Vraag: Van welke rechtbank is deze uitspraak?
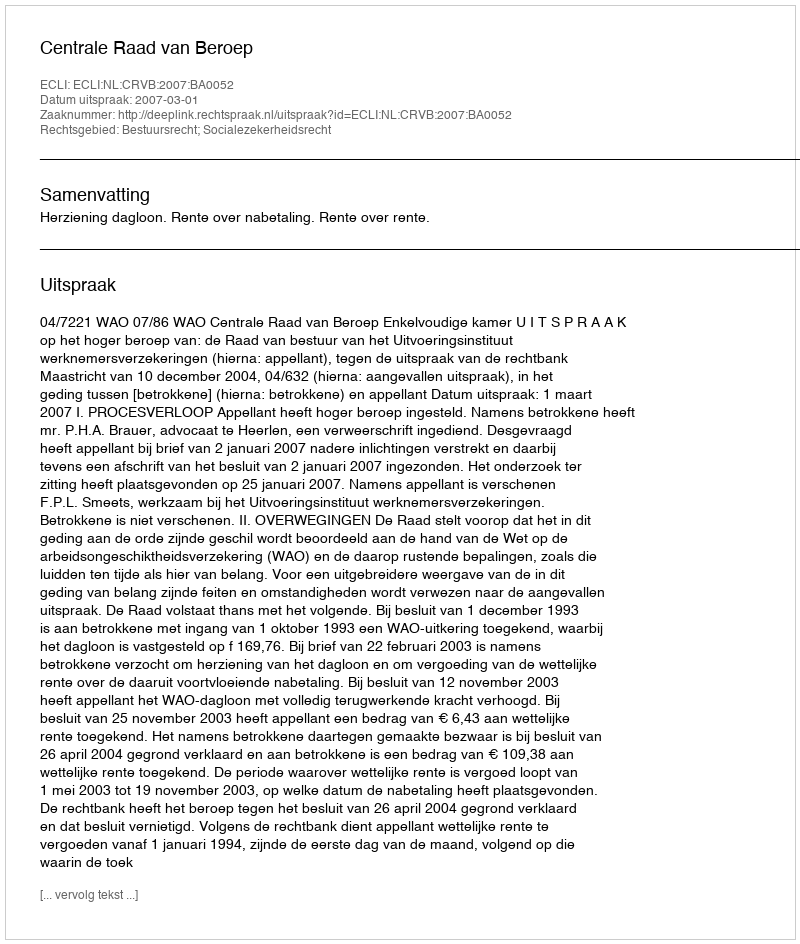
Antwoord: Centrale Raad van Beroep